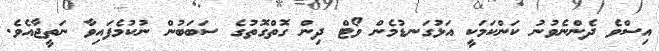
އިސްވެ ދެންނެވުނު ކަންކަމަކީ އަޅުގަނޑުމެން ވޯޓް ދިން ގޮތްގޮތުގެ ސަބަބުން ނުކުމެފައިވާ ނަތީޖާއެވެ.